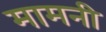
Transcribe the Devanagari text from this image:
मामनी